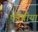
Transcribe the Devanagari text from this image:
फोबीया